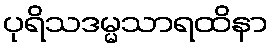
ပုရိသဒမ္မသာရထိနာ